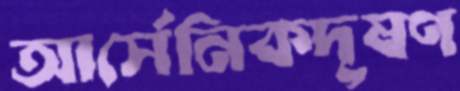
আর্সেনিকদূষণ